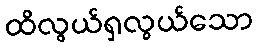
ထိလွယ်ရှလွယ်သော